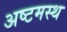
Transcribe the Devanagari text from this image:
अष्टमस्थ